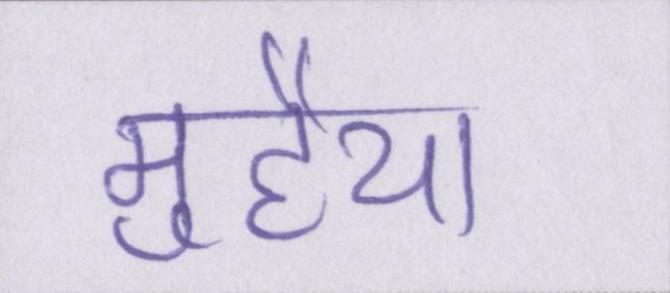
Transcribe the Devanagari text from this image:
मुहैया